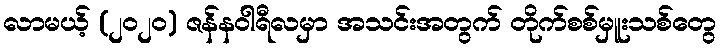
လာမယ့် (၂၀၂၀) ဇန်နဝါရီလမှာ အသင်းအတွက် တိုက်စစ်မှူးသစ်တွေ